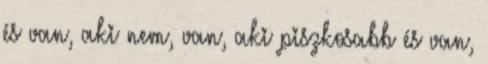
és van, aki nem, van, aki piszkosabb és van,